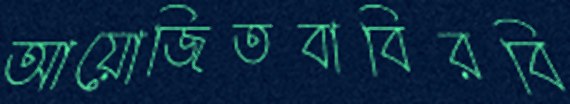
আয়োজিতবাবিরবি